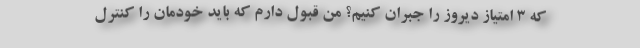
که 3 امتیاز دیروز را جبران کنیم؟ من قبول دارم که باید خودمان را کنترل